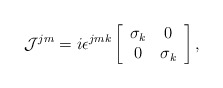
\begin{align*}{\cal J}^{jm} = i \epsilon^{jmk} \left[ \begin{array}{cc}\sigma_{k} & 0 \\ 0 & \sigma_{k}\end{array} \right],\end{align*}